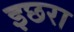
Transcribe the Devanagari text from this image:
इछरा